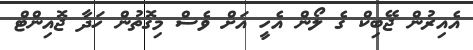
އެއިރުން ޖޭބިކް ގެ ލޯން އެހީ އަށް ވެސް މިގޮތުން ހަދާ ޖޮއިންޓް